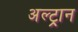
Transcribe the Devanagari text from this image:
अल्ट्रान